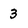
Character: 3